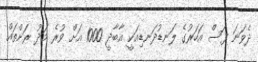
ދެވަނަ ފަސް އަހަރުގެ ލަނޑުދަނޑިއަކީ އާބާދީ 1000 އަށް ވުރެ މަދު ރަށްތައް